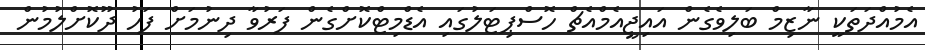
އެމުއްދަތަކީ ނާޒިމް ބަލިވެގެން އައިޖީއެމްއެޗް ހޮސްޕިޓަލުގައި އެޑްމިޓްކޮށްގެން ފަރުވާ ދިނުމަށް ފަހު ދޫކޮށްލުމުން